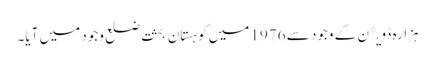
ہزارہ ڈویږن کے وجود سے 1976 میں کوہستان بحثت ضلع وجود میں آیا۔